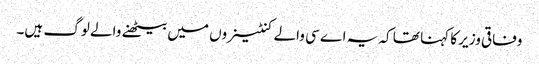
وفاقی وزیر کا کہنا تھا کہ یہ اے سی والے کنٹینروں میں بیٹھنے والے لوگ ہیں۔